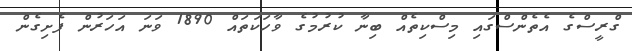
ގްރީސްގެ އެތެންސްގައި މިސްކިތެއް ބިނާ ކުރުމުގެ ވާހަކަތައް 1890 ވަނަ އަހަރުން ފެށިގެން